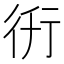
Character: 𧗤